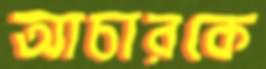
আচারকে